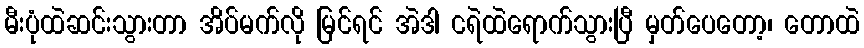
မီးပုံထဲဆင်းသွားတာ အိပ်မက်လို မြင်ရင် အဲဒါ ငရဲထဲရောက်သွားပြီ မှတ်ပေတော့၊ တောထဲ